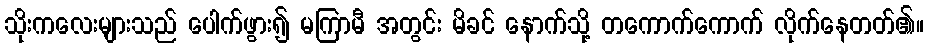
သိုးကလေးများသည် ပေါက်ဖွား၍ မကြာမီ အတွင်း မိခင် နောက်သို့ တကောက်ကောက် လိုက်နေတတ်၏။